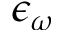
\epsilon _ { \omega }